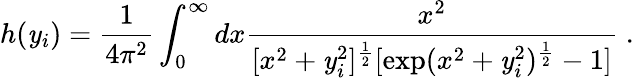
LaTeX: h(\mathit{y}_{i})=\frac{{1}}{{4\pi^{2}}}\int_{0}^{\infty}dx\frac{{x^{2}}}{{[x^{2}+\mathit{y}_{i}^{2}]^{\frac{{1}}{{2}}}[\exp(x^{2}+\mathit{y}_{i}^{2})^{\frac{{1}}{{2}}}-1]}}\; .